Civil Veterinary Dept. Bombay admin report 1900-1906 - 1900-1906
Year: 1900
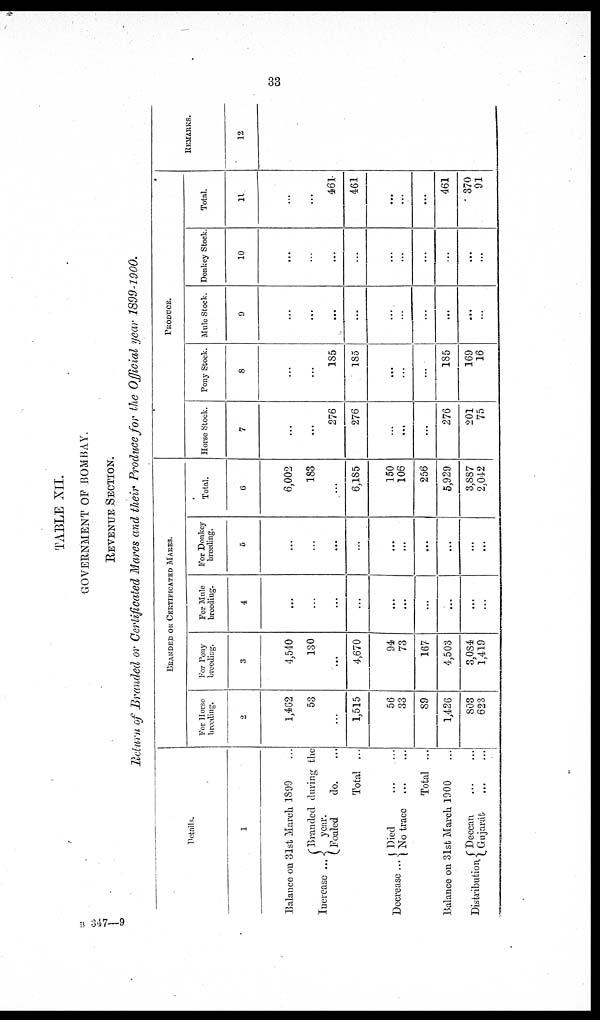
33
TABLE XII.
GOVERNMENT OF BOMBAY.
REVENUE SECTION.
Return of Branded or Certificated Mares and their Produce for the Official year 1899-1900.
Details.
1
Balance on 31st March 1899 ...
Increase ...
Decrease ...
Branded during the
year.
Foaled
do. ...
Total ...
Died
...
...
No trace ... ...
Total ...
Balance on 31st March 1900
Distributions Deccan ... ...
Gujarát ... ...
BRANDED OR CERTIFICATED MARES.
For Horse
breeding.
2
1,462
53
...
1,515
56
33
89
1,426
803
623
For Pony
breeding.
3
4,540
130
...
4,670
94
73
167
4,503
3,084
1,419
For Mule
breeding.
4
...
...
...
...
...
...
...
...
...
For Donkey
breeding.
5
...
...
...
...
...
...
...
...
...
Total.
6
6,002
183
...
6,185
150
106
256
5,929
3,887
2,042
PRODUCE.
Horse Stock.
7
...
...
276
276
...
...
...
276
201
75
Pony Stock.
8
...
...
185
185
...
...
...
185
169
16
Mule Stock.
9
...
...
...
...
...
...
...
...
...
Donkey Stock.
10
...
...
...
...
...
...
...
...
...
...
Total.
11
...
...
461
461
...
...
...
461
370
91
REMARKS.
12
B 847—9